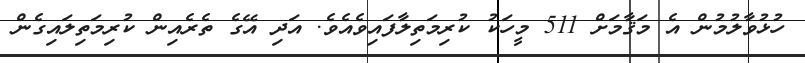
ހުޅުވާލުމުން އެ މަޤާމަށް 511 މީހަކު ކުރިމަތިލާފައިވެއެވެ. އަދި އޭގެ ތެރެއިން ކުރިމަތިލައިގެން